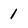
Character: 1